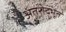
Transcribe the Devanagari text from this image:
अंतरोद्भूत